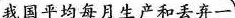
我国平均每月生产和丢弃一